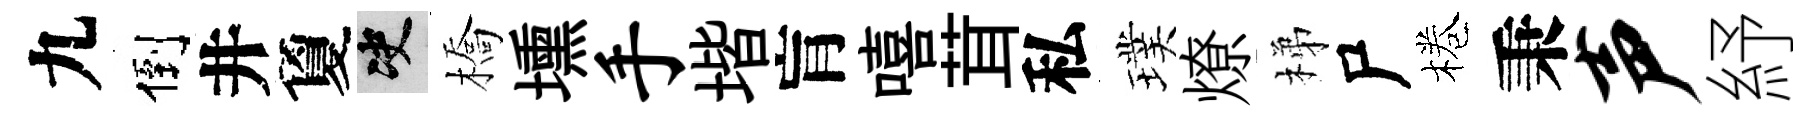
九倒井夐决橋壎手堦肓嘻茸私璞燎梯尸棬秉声紓